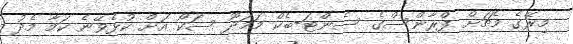
މިރޭގެ މެޗަށް ފްރާންސްގެ ސެންޓަ-ބެކް މަމަދޫ ސަކޯ އަށް ކުޅެވޭނެ ކަމާ މެދު